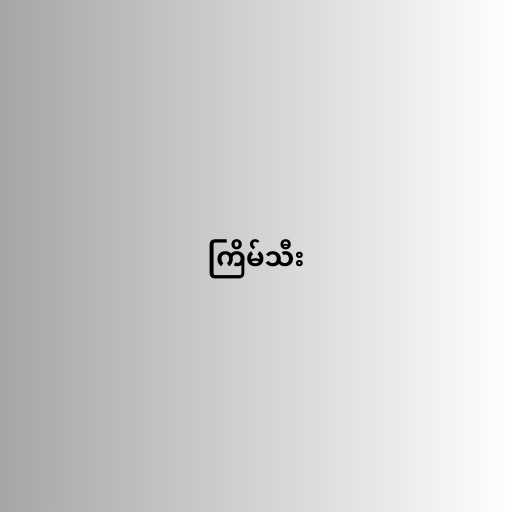
ကြိမ်သီး